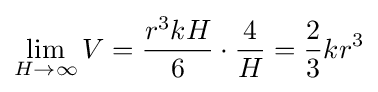
\lim _{H\rightarrow \infty }V={r^{3}kH \over 6}\cdot {4 \over H}={2 \over 3}kr^{3}